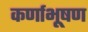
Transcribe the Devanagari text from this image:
कर्णाभूषण